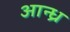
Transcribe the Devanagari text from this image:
आन्‍ध्र